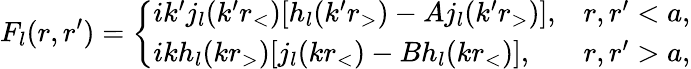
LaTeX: {F}_{l}(r,r^{\prime})=\left\{ \begin{array}{ll}{{ik^{\prime}j_{l}(k^{\prime}r_{<})[h_{l}(k^{\prime}r_{>})-Aj_{l}(k^{\prime}r_{>})],}}&{{r,r^{\prime}<a,}}\\ {{ikh_{l}(kr_{>})[j_{l}(kr_{<})-Bh_{l}(kr_{<})],}}&{{r,r^{\prime}>a,}}\end{array}\right.